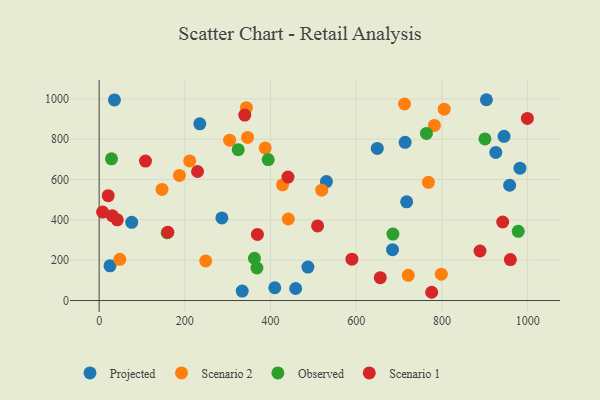
{"axis": {"x": "Ad Spend", "y": "Exam Score"}, "legend": ["Observed", "Projected", "Scenario 1", "Scenario 2"], "data": [{"x": "409.9", "y": 63.3, "type": "Projected"}, {"x": "530.4", "y": 589.7, "type": "Projected"}, {"x": "333.9", "y": 46.9, "type": "Projected"}, {"x": "925.7", "y": 734.5, "type": "Projected"}, {"x": "684.7", "y": 252.2, "type": "Projected"}, {"x": "35.7", "y": 995.0, "type": "Projected"}, {"x": "25.3", "y": 172.3, "type": "Projected"}, {"x": "944.9", "y": 814.6, "type": "Projected"}, {"x": "234.9", "y": 876.3, "type": "Projected"}, {"x": "458.6", "y": 59.5, "type": "Projected"}, {"x": "76.0", "y": 387.8, "type": "Projected"}, {"x": "982.1", "y": 656.5, "type": "Projected"}, {"x": "286.4", "y": 409.8, "type": "Projected"}, {"x": "487.2", "y": 165.7, "type": "Projected"}, {"x": "717.6", "y": 489.6, "type": "Projected"}, {"x": "714.1", "y": 784.6, "type": "Projected"}, {"x": "958.0", "y": 571.7, "type": "Projected"}, {"x": "649.1", "y": 754.4, "type": "Projected"}, {"x": "903.8", "y": 995.9, "type": "Projected"}, {"x": "146.7", "y": 551.2, "type": "Scenario 2"}, {"x": "387.4", "y": 757.0, "type": "Scenario 2"}, {"x": "346.3", "y": 809.0, "type": "Scenario 2"}, {"x": "805.3", "y": 949.1, "type": "Scenario 2"}, {"x": "304.5", "y": 795.1, "type": "Scenario 2"}, {"x": "428.0", "y": 573.8, "type": "Scenario 2"}, {"x": "211.3", "y": 692.4, "type": "Scenario 2"}, {"x": "768.4", "y": 586.1, "type": "Scenario 2"}, {"x": "343.7", "y": 956.4, "type": "Scenario 2"}, {"x": "248.7", "y": 196.2, "type": "Scenario 2"}, {"x": "187.3", "y": 620.5, "type": "Scenario 2"}, {"x": "782.4", "y": 868.6, "type": "Scenario 2"}, {"x": "721.4", "y": 125.0, "type": "Scenario 2"}, {"x": "48.2", "y": 204.5, "type": "Scenario 2"}, {"x": "798.5", "y": 130.9, "type": "Scenario 2"}, {"x": "519.4", "y": 547.5, "type": "Scenario 2"}, {"x": "712.7", "y": 974.8, "type": "Scenario 2"}, {"x": "441.4", "y": 404.3, "type": "Scenario 2"}, {"x": "978.1", "y": 343.2, "type": "Observed"}, {"x": "324.5", "y": 748.3, "type": "Observed"}, {"x": "763.9", "y": 828.7, "type": "Observed"}, {"x": "900.4", "y": 801.6, "type": "Observed"}, {"x": "394.5", "y": 699.2, "type": "Observed"}, {"x": "362.4", "y": 209.6, "type": "Observed"}, {"x": "28.8", "y": 702.6, "type": "Observed"}, {"x": "158.7", "y": 336.2, "type": "Observed"}, {"x": "685.6", "y": 329.7, "type": "Observed"}, {"x": "368.2", "y": 161.3, "type": "Observed"}, {"x": "959.7", "y": 203.3, "type": "Scenario 1"}, {"x": "776.0", "y": 40.9, "type": "Scenario 1"}, {"x": "509.8", "y": 369.9, "type": "Scenario 1"}, {"x": "941.8", "y": 389.5, "type": "Scenario 1"}, {"x": "30.8", "y": 420.4, "type": "Scenario 1"}, {"x": "42.3", "y": 400.3, "type": "Scenario 1"}, {"x": "888.9", "y": 245.5, "type": "Scenario 1"}, {"x": "108.1", "y": 691.8, "type": "Scenario 1"}, {"x": "999.4", "y": 903.1, "type": "Scenario 1"}, {"x": "440.7", "y": 612.5, "type": "Scenario 1"}, {"x": "589.9", "y": 205.0, "type": "Scenario 1"}, {"x": "160.4", "y": 338.7, "type": "Scenario 1"}, {"x": "339.8", "y": 919.9, "type": "Scenario 1"}, {"x": "8.1", "y": 438.5, "type": "Scenario 1"}, {"x": "21.1", "y": 519.9, "type": "Scenario 1"}, {"x": "229.6", "y": 639.8, "type": "Scenario 1"}, {"x": "656.1", "y": 113.4, "type": "Scenario 1"}, {"x": "369.4", "y": 328.0, "type": "Scenario 1"}]}